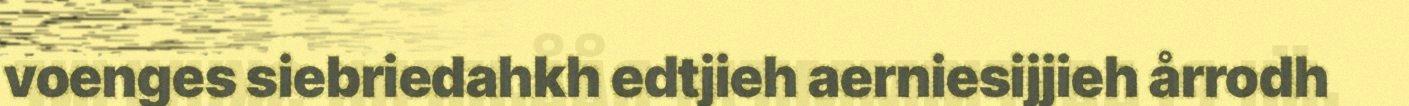
voenges siebriedahkh edtjieh aerniesijjieh årrodh